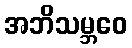
အဘိသမ္ဘဝေ